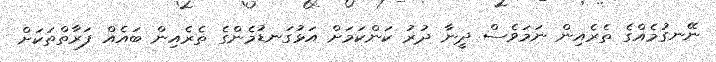
ނޭނގުމެއްގެ ތެރެއިން ނަމަވެސް ދީނާ ދުރު ކަންކަމަށް އަޅުގަނޑުމެންގެ ތެރެއިން ބައެއް ފަރާތްތަކަށް